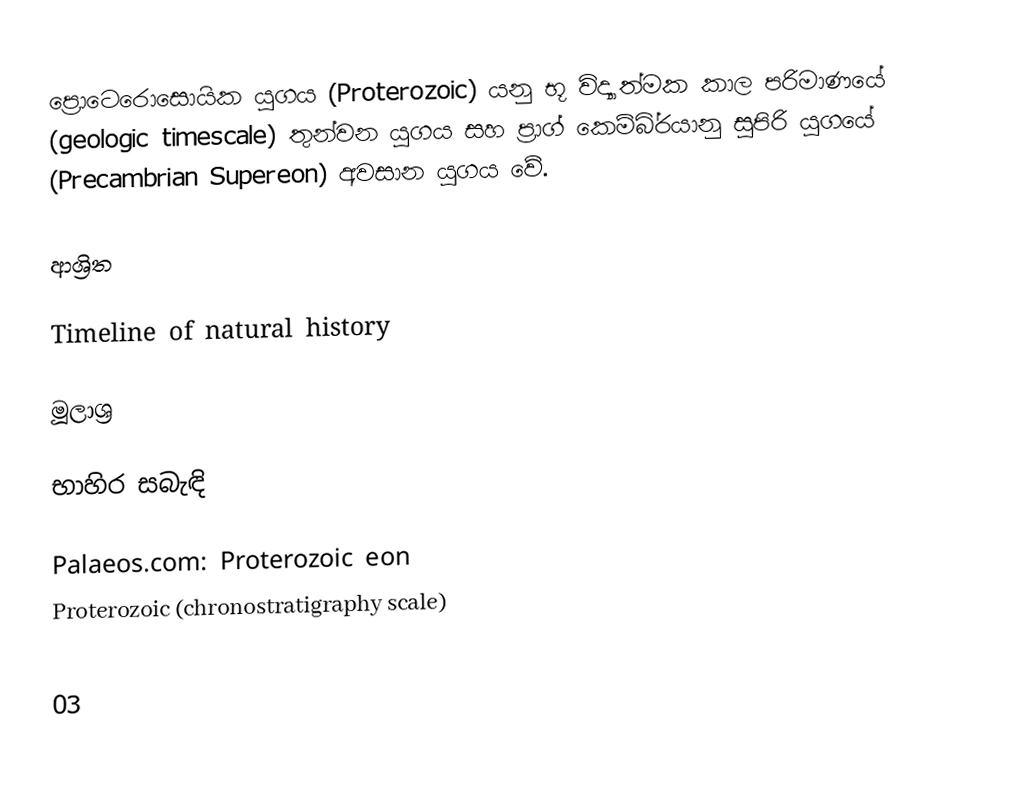
ප්‍රොටෙරොසොයික යුගය (Proterozoic) යනු භූ විද්‍යාත්මක කාල පරිමාණයේ (geologic timescale) තුන්වන යුගය සහ ප්‍රාග් කෙම්බි‍්‍රයානු සුපිරි යුගයේ (Precambrian Supereon) අවසාන යුගය වේ.

ආශ්‍රිත

 Timeline of natural history

මූලාශ්‍ර

භාහිර සබැඳි

 Palaeos.com: Proterozoic eon
 Proterozoic (chronostratigraphy scale)

03